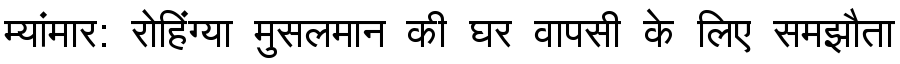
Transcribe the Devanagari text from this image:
म्यांमार: रोहिंग्या मुसलमान की घर वापसी के लिए समझौता